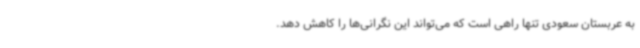
به عربستان سعودی تنها راهی است که می‌تواند این نگرانی‌ها را کاهش دهد.